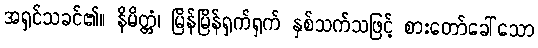
အရှင်သခင်၏။ နိမိတ္တံ၊ မြိန်မြိန်ရှက်ရှက် နှစ်သက်သဖြင့် စားတော်ခေါ်သော